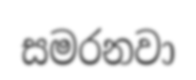
සමරනවා